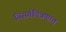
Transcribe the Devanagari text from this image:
निसर्गचित्रणात